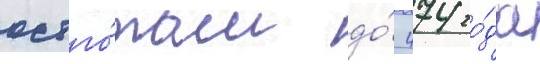
остго́там до́ 474 го́да